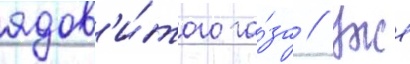
ядов'и́того га́за // Уже